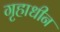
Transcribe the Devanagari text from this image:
गृहाधीन